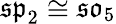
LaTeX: {\mathfrak{sp}}_{2}\cong{\mathfrak{so}}_{5}